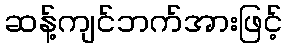
ဆန့်ကျင်ဘက်အားဖြင့်